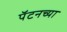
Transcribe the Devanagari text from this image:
पॅटनच्या